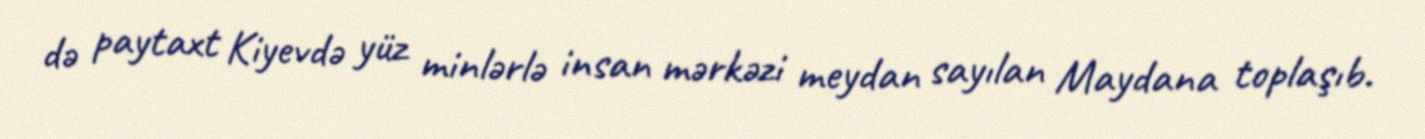
də paytaxt Kiyevdə yüz minlərlə insan mərkəzi meydan sayılan Maydana toplaşıb.